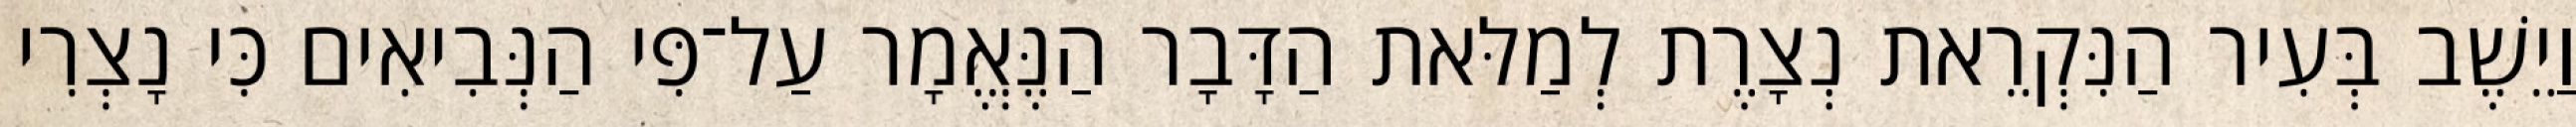
וַיֵשֶׁב בְּעִיר הַנִּקְרֵאת נְצָרֶת לְמַלּאת הַדָּבָר הַנֶּאֱמָר עַל־פִּי הַנְּבִיאִים כִּי נָצְרִי